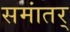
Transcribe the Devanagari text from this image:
समांतर्